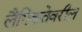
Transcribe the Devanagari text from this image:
लैंगिकतेवरील